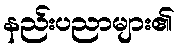
နည်းပညာများ၏